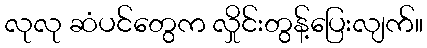
လုလု ဆံပင်တွေက လှိုင်းတွန့်ပြေးလျက်။